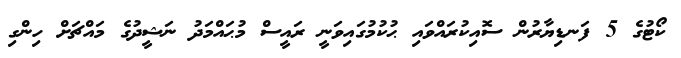
ކޯޓުގެ 5 ފަނޑިޔާރުންް ސޮއިކުރައްވައި ޙުކުމުގައިވަނީ ރައީސް މުޙައްމަދު ނަޝީދުގެ މައްޗަށް ހިންގި